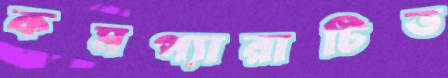
কমপ্যারাটিভ